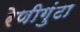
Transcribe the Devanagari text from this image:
रेणीगुंटा